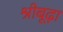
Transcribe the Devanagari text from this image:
श्रीबूढ़ा